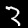
Digit: 3